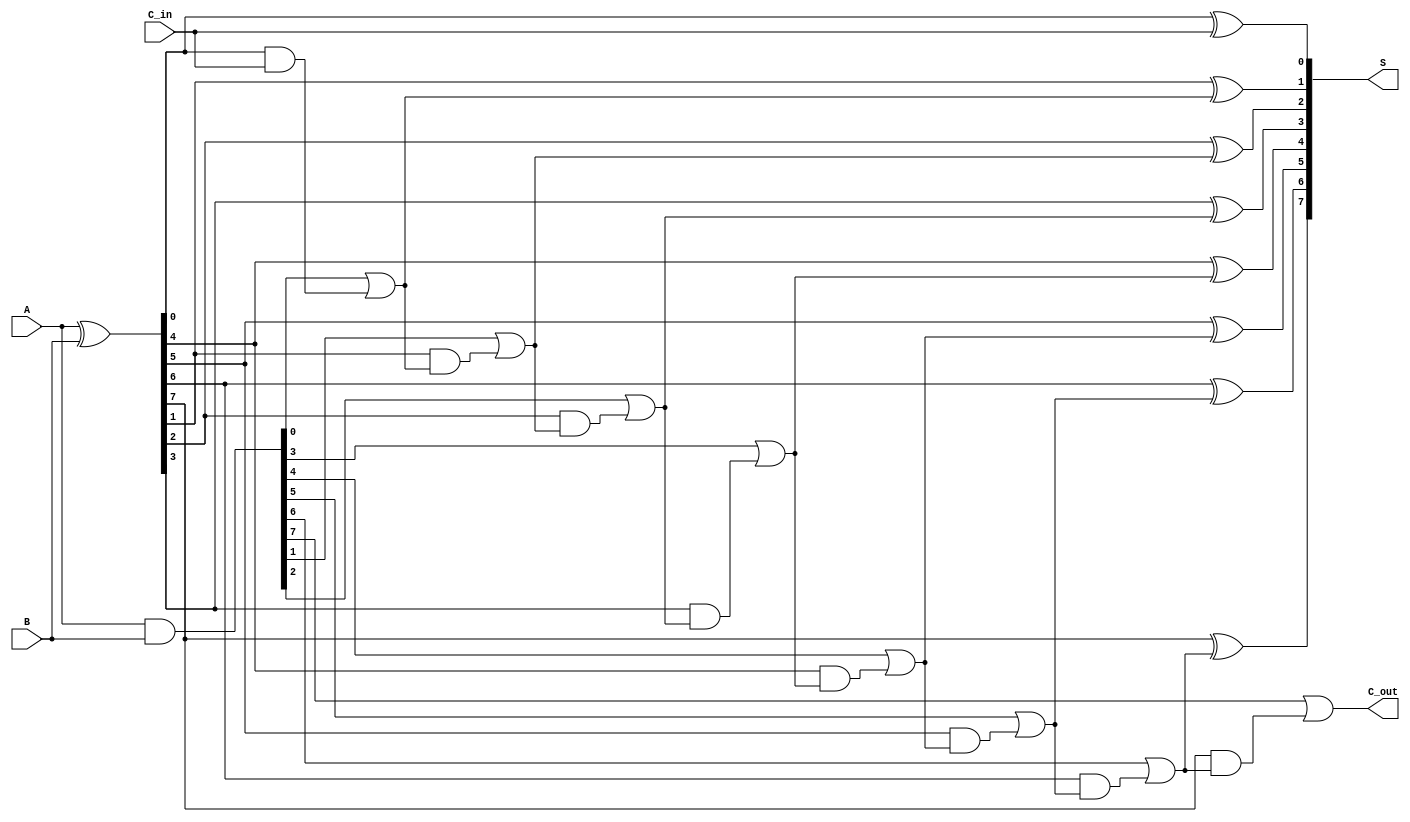
module CSPA #(parameter n = 8) (
    input  [n-1:0] A,    // First operand
    input  [n-1:0] B,    // Second operand
    input  C_in,         // Carry input
    output [n-1:0] S,    // Sum output
    output C_out         // Carry output
);
    
    // Generate and propagate signals
    wire [n-1:0] G; // Generate
    wire [n-1:0] P; // Propagate
    wire [n:0] C;   // Carry signals

    assign G = A & B; // Generate
    assign P = A ^ B; // Propagate

    // Carry Generation using Prefix Tree
    genvar i;
    generate
        // Level 0: Initial carries
        assign C[0] = C_in; // Initial carry input
        
        // Generate carry signals
        for (i = 0; i < n; i = i + 1) begin : carry_gen
            if (i == 0) begin
                assign C[i + 1] = G[i] | (P[i] & C[i]);
            end else begin
                assign C[i + 1] = G[i] | (P[i] & C[i]);
            end
        end
    endgenerate

    // Sum Calculation
    genvar j;
    generate
        for (j = 0; j < n; j = j + 1) begin : sum_calc
            assign S[j] = P[j] ^ C[j]; // Sum bit calculation
        end
    endgenerate

    // Final Carry Out
    assign C_out = C[n];

endmodule